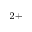
^ { 2 + }